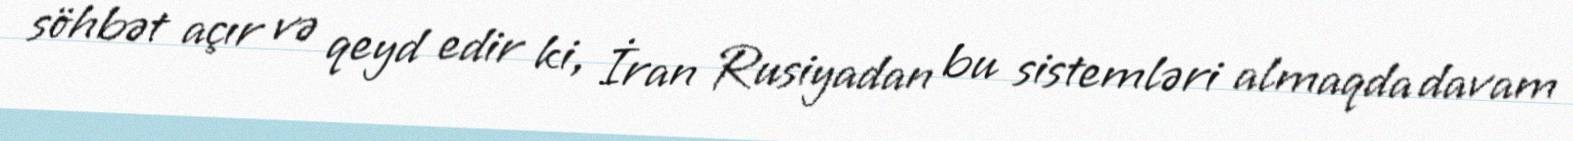
söhbət açır və qeyd edir ki, İran Rusiyadan bu sistemləri almaqda davam